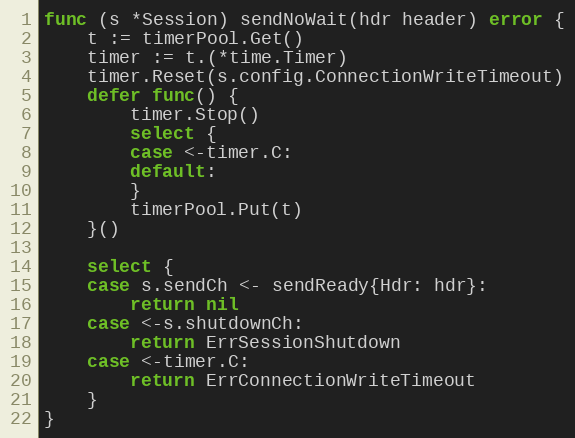
Language: Go
func (s *Session) sendNoWait(hdr header) error {
	t := timerPool.Get()
	timer := t.(*time.Timer)
	timer.Reset(s.config.ConnectionWriteTimeout)
	defer func() {
		timer.Stop()
		select {
		case <-timer.C:
		default:
		}
		timerPool.Put(t)
	}()

	select {
	case s.sendCh <- sendReady{Hdr: hdr}:
		return nil
	case <-s.shutdownCh:
		return ErrSessionShutdown
	case <-timer.C:
		return ErrConnectionWriteTimeout
	}
}